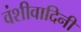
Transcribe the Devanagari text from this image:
वंशीवादिनी